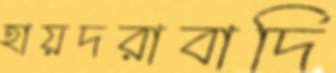
হায়দরাবাদি